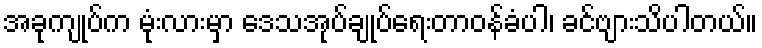
အခုကျုပ်က မုံးလားမှာ ဒေသအုပ်ချုပ်ရေးတာဝန်ခံပါ၊ ခင်ဗျားသိပါတယ်။